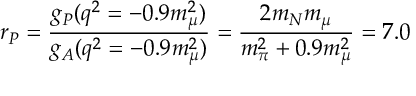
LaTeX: r _ { P } = { \frac { g _ { P } ( q ^ { 2 } = - 0 . 9 m _ { \mu } ^ { 2 } ) } { g _ { A } ( q ^ { 2 } = - 0 . 9 m _ { \mu } ^ { 2 } ) } } = { \frac { 2 m _ { N } m _ { \mu } } { m _ { \pi } ^ { 2 } + 0 . 9 m _ { \mu } ^ { 2 } } } = 7 . 0